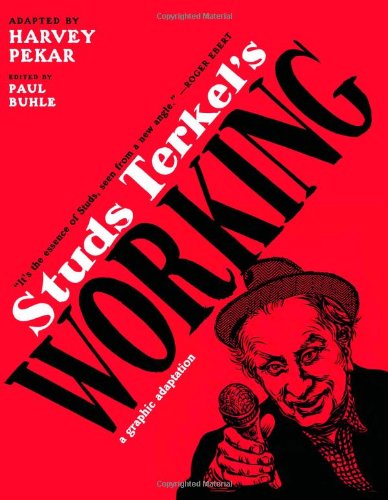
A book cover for Studs Terkel's Working: A Graphic Adaptation; Harvey Pekar; Comics & Graphic Novels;